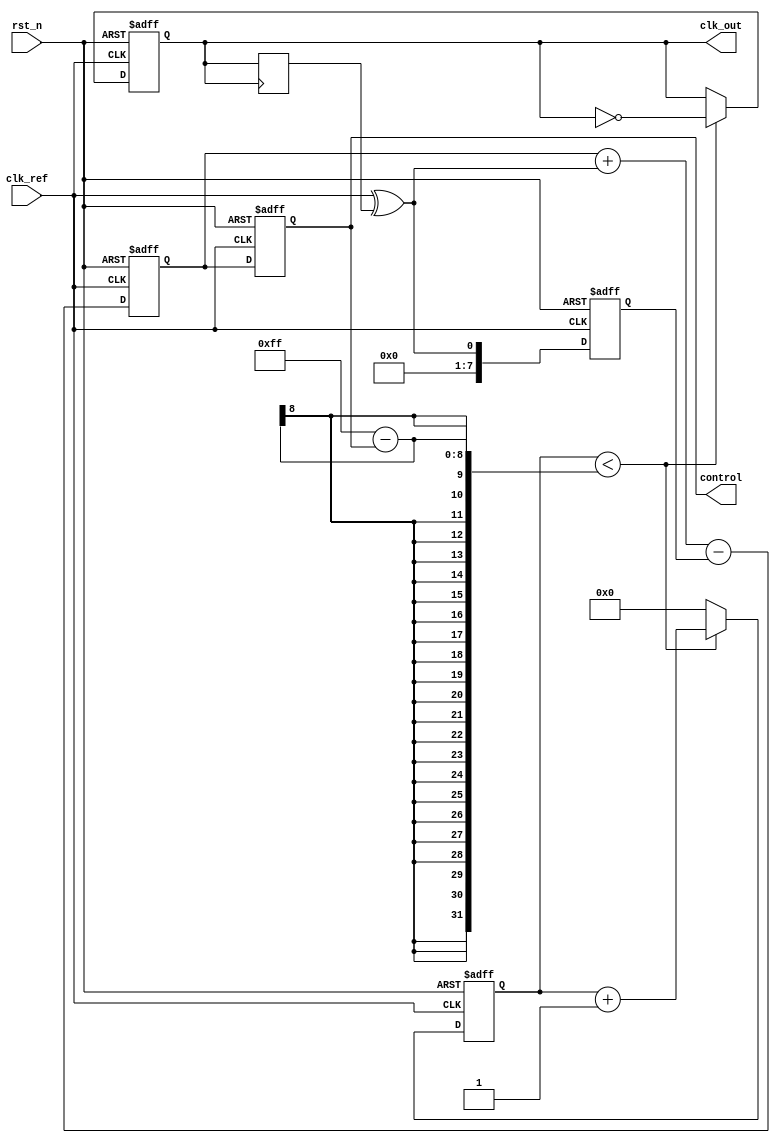
module pll (
    input wire clk_ref,          // Reference clock input
    input wire rst_n,           // Active low reset
    output reg clk_out,         // Output clock
    output reg [7:0] control    // Control voltage for VCO
);

    // Phase Detector (PD)
    reg clk_feedback;           // Feedback clock signal
    wire phase_error;           // Phase error signal

    // Simple phase detector using XOR
    assign phase_error = clk_ref ^ clk_feedback;

    // Loop Filter (LF) - Simple 2nd Order Filter
    reg [7:0] integrator;       // Integrator output
    reg [7:0] previous_error;   // Previous error for integration

    always @(posedge clk_ref or negedge rst_n) begin
        if (!rst_n) begin
            integrator <= 8'b0;
            previous_error <= 8'b0;
            control <= 8'b0;
        end else begin
            // Simple IIR filter implementation
            integrator <= integrator + phase_error - previous_error;
            previous_error <= phase_error;

            // Control voltage adjustment
            control <= integrator;
        end
    end

    // Voltage-Controlled Oscillator (VCO)
    reg [7:0] vco_counter;      // VCO frequency control counter
    parameter VCO_MAX_FREQ = 255; // Max frequency control value

    always @(posedge clk_ref or negedge rst_n) begin
        if (!rst_n) begin
            vco_counter <= 8'b0;
            clk_out <= 1'b0;
        end else begin
            // Simple VCO logic: output frequency is proportional to control voltage
            if (vco_counter < (VCO_MAX_FREQ - control)) begin
                clk_out <= ~clk_out; // Toggle output clock
                vco_counter <= vco_counter + 1'b1;
            end else begin
                vco_counter <= 8'b0; // Reset counter
            end
        end
    end

    // Feedback Path
    always @(posedge clk_out) begin
        clk_feedback <= clk_out; // Feedback to phase detector
    end

endmodule